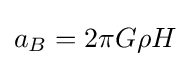
a_{B}=2\pi G\rho H